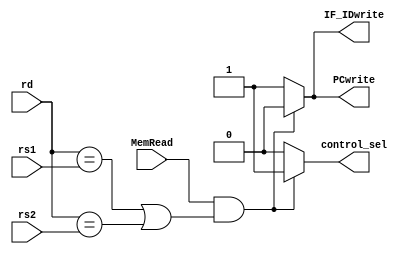
`timescale 1ns / 1ps

module hazard_detection(input [4:0] rd,
                        input [4:0] rs1,
                        input [4:0] rs2,
                        input MemRead,
                        output reg PCwrite,
                        output reg IF_IDwrite,
                        output reg control_sel);
                        
always@(*) begin
    if(MemRead && ((rd==rs1) || (rd==rs2))) begin
    // verifica operatia curenta este o citire din memorie MemRead
    //si verifica daca resgistrul destinatie al operatiei din memorie este acelasi 
    // cu oricare dintre registrele sursa
        PCwrite = 1'b0; // nu se actualizeaza program counter ul si se reseteaza
        IF_IDwrite = 1'b0; // nu se accepta o noua instructiune, ingheata starea pipeline-ului
        control_sel = 1'b1; // semnalul de control trebuie modificat sau anulat pt a gestionaq hazardul
    end
    else begin
        PCwrite = 1'b1; // preia o noua instructiune
        IF_IDwrite = 1'b1;
        control_sel = 1'b0;
    end
end

endmodule